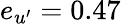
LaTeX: e_{u^{\prime}}=0.47